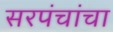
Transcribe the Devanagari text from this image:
सरपंचांचा